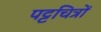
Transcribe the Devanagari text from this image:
पट्टचित्रों